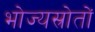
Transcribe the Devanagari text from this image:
भोज्यस्रोतों